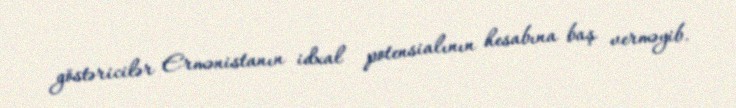
göstəricilər Ermənistanın idxal potensialının hesabına baş verməyib.